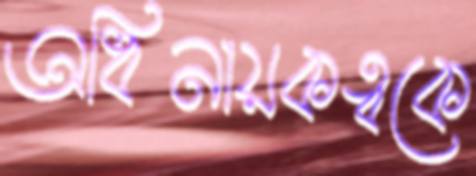
অধিনায়কত্বকে